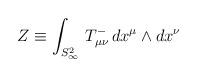
LaTeX: \begin{align*}Z \equiv \int_{S^2_\infty} \,T^{-}_{\mu\nu} \, dx^\mu \wedge dx^\nu\end{align*}